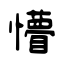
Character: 懵